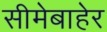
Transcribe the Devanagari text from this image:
सीमेबाहेर